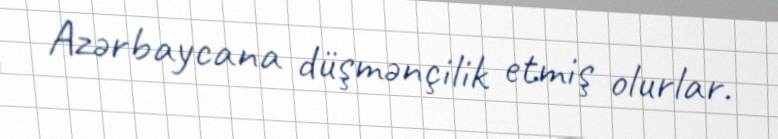
Azərbaycana düşmənçilik etmiş olurlar.